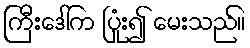
ကြီးဒေါ်က ပြုံး၍ မေးသည်။